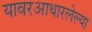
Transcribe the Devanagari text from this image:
यावरआधारलेल्या